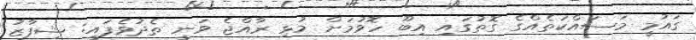
ގައުމީ މަސައްކަތެއްގެ ގޮތުގައި އިބޫ ހޮވުމަށް މުޅި ރާއްޖެ ވަނީ ތެދުވެފައި: ޝިފާޒު